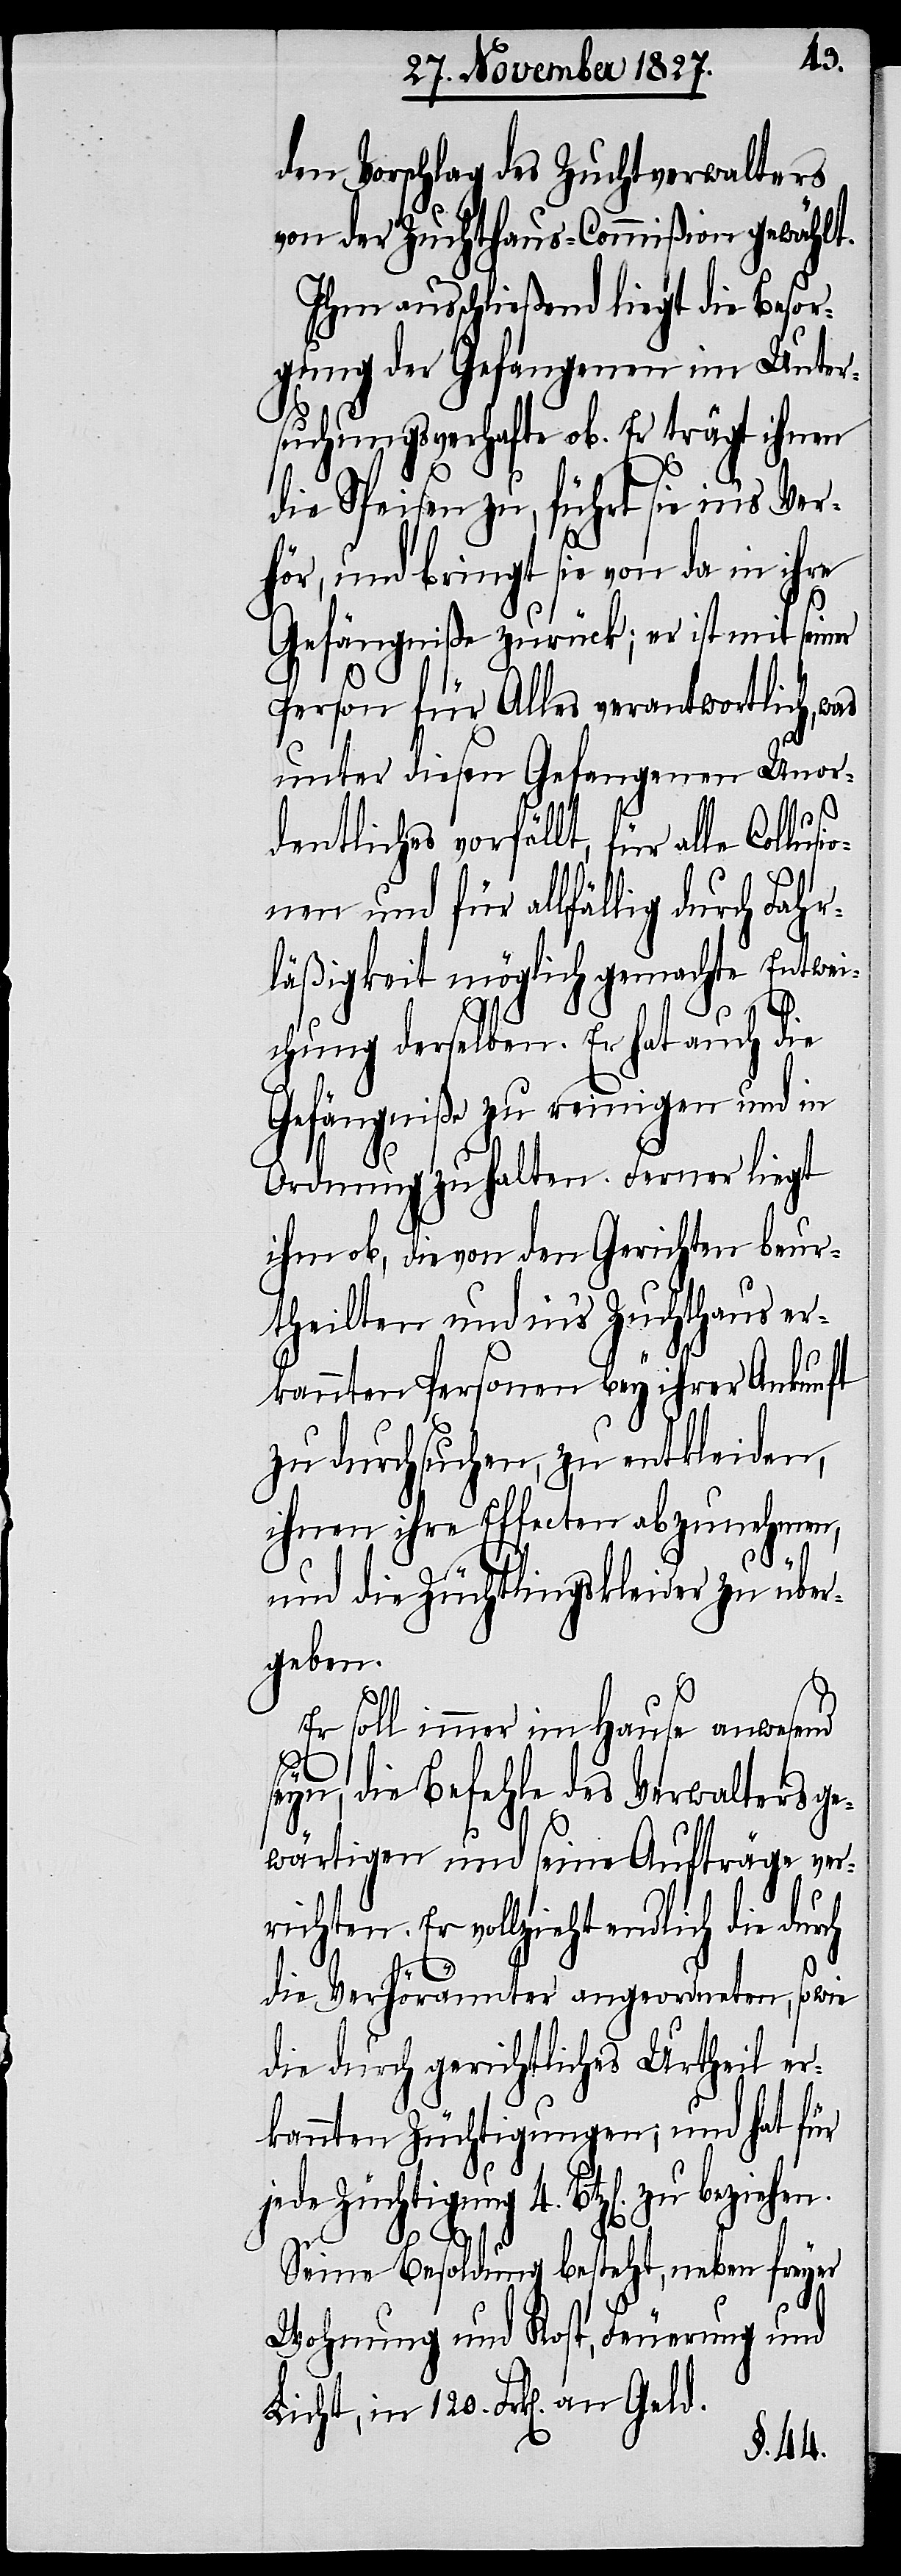
den Vorschlag des Zuchtverwalters
von der Zuchthaus-Commißion gewählt.
Ihm ausschließend liegt die Besor¬
gung der Gefangenen im Unter¬
suchungsverhafte ob. Er trägt ihnen
die Speisen zu, führt sie in’s Ver¬
hör, und bringt sie von da in ihre
Gefängniße zurück; er ist mit sein¬
Person für Alles verantwortlich, was
unter diesen Gefangenen Unor¬
dentliches vorfällt, für alle Collusio¬
nen und für allfällig durch Fahr¬
läßigkeit möglich gemachte Entwei¬
chung derselben. Er hat auch die
Gefängniße zu reinigen und in
Ordnung zu halten. Ferner liegt
ihm ob, die von den Gerichten beur¬
theilten und in’s Zuchthaus er¬
kannten Personen bey ihrer Ankunft
zu durchsuchen, zu entkleiden,
ihnen ihre Effecten abzunehmen,
und die Züchtlingskleider zu über¬
geben.
Er soll immer im Hause anwesend
er
seyn, die Befehle des Verwalters ge¬
wärtigen und seine Aufträge ver¬
richten. Er vollzieht endlich
die Verhörämter angeordneten, sowie
die durch gerichtliches Urtheil er¬
kannten Züchtigungen; und hat für
jede Züchtigung 4. Btz[en].
Seine Besoldung besteht, neben freyer
Wohnung und Kost, Feuerung und
Licht, in 120. Frk[en]. an